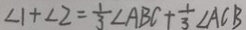
\angle 1 + \angle 2 = \frac { 1 } { 3 } \angle A B C + \frac { 1 } { 3 } \angle A C B